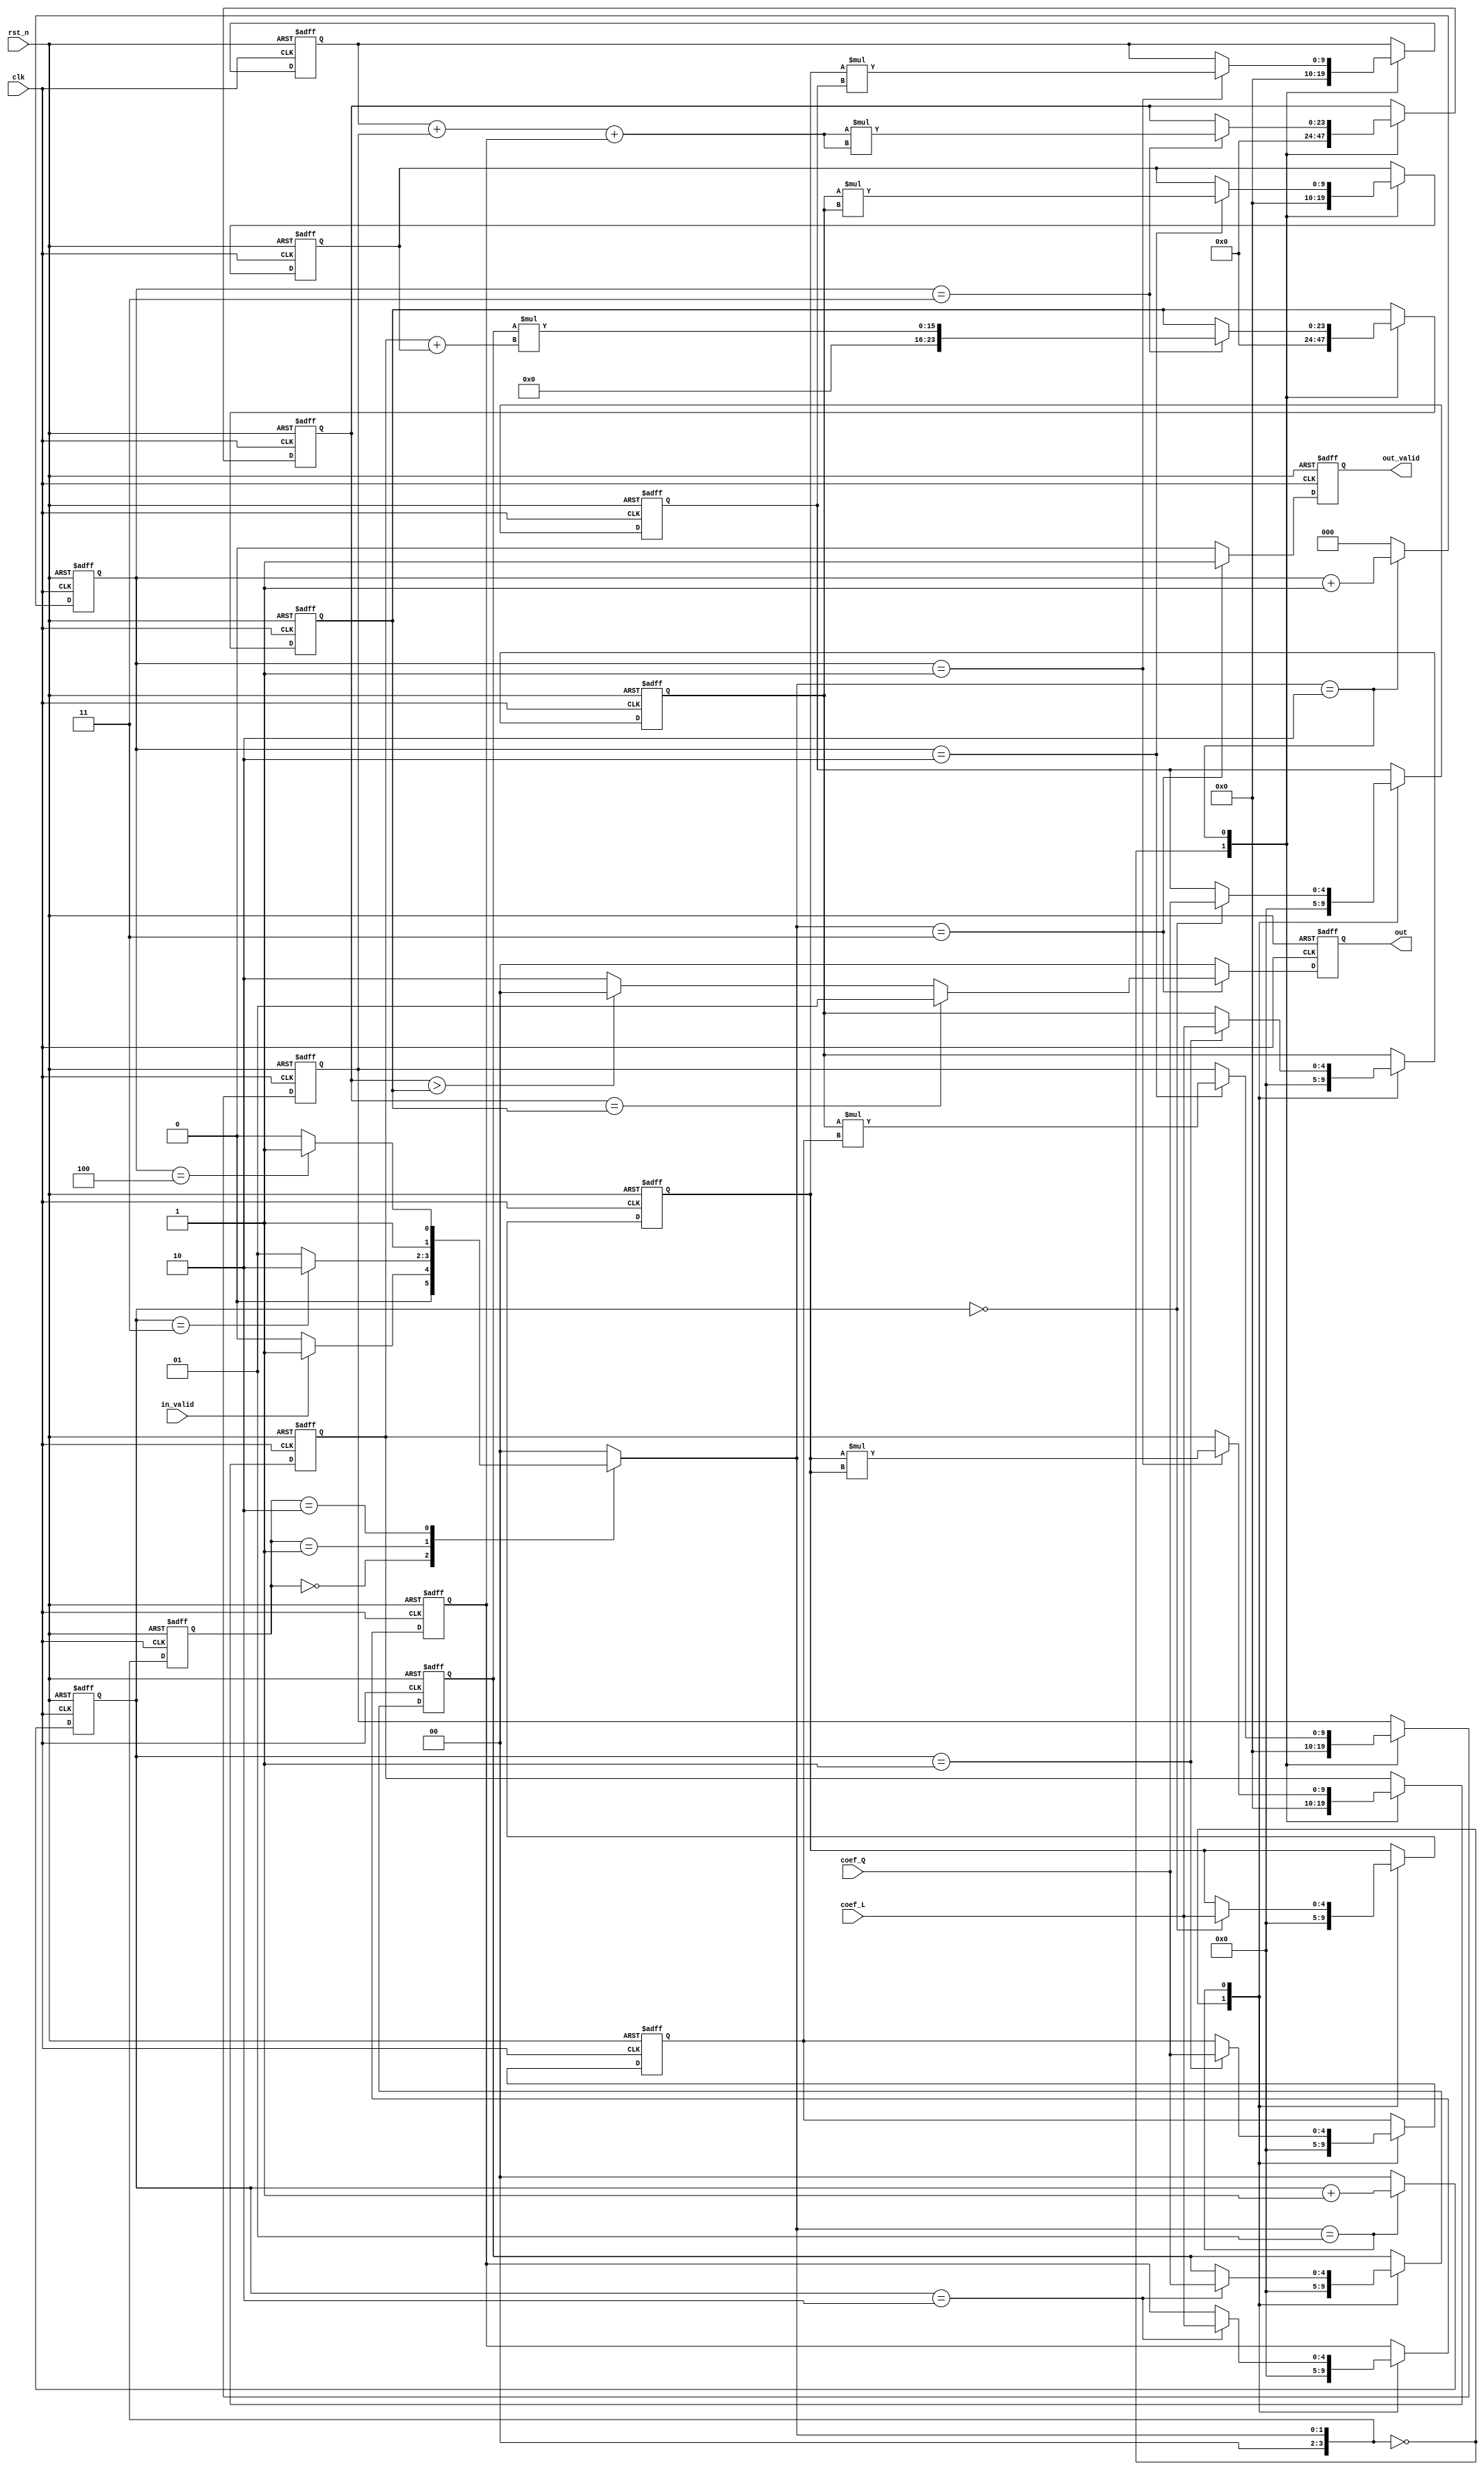
module RCL(
    clk,
    rst_n,
    in_valid,
    coef_Q,
    coef_L,
    out_valid,
    out
);
input clk, rst_n, in_valid;
input signed [4:0] coef_Q, coef_L;
output reg out_valid;
output reg [1:0] out;
/* FSM */
reg [3:0] c_state, n_state;
parameter ST_IDLE = 'd0, ST_IN = 'd1, ST_RUN = 'd2, ST_OUT = 'd3;
/* reg and wire */
reg signed [4:0] a, b, c, m, n;
reg [4:0] k;
reg [1:0] in_counter;
reg [2:0] run_counter;
reg signed [4:0] mult_in_A, mult_in_B;
wire signed [9:0] mult_out;
reg signed [9:0] am, bn;
reg [9:0] aa, bb;
reg signed [11:0] ambnc;
reg [23:0] ambnc_sqr;
reg [23:0] kaabb;
reg [1:0] ans;
wire [11:0] ambnc_abs;
reg [10:0] aabb;
 
/*am + bn + c*/
always @(posedge clk or negedge rst_n) begin
	if(!rst_n) ambnc_sqr <= 24'b0;
	else begin
		case(n_state)
		ST_IDLE: ambnc_sqr <= 10'b0;
		ST_RUN: begin
			if(run_counter == 3'd3) ambnc_sqr <= ambnc * ambnc;
			else ambnc_sqr <= ambnc_sqr;
		end
		default: ambnc_sqr <= ambnc_sqr;	
		endcase	
	end
end

always @(posedge clk or negedge rst_n) begin
	if(!rst_n) kaabb <= 24'b0;
	else begin
		case(n_state)
		ST_IDLE: kaabb <= 10'b0;
		ST_RUN: begin
			if(run_counter == 3'd3) kaabb <= k * (aa + bb);
			else kaabb <= kaabb;
		end
		default: kaabb <= kaabb;	
		endcase	
	end
end
always @(*) begin
	ambnc = am + bn + c;
end

always @(*) begin
	if(ambnc_sqr == kaabb) ans = 2'b01;
	else if(ambnc_sqr > kaabb) ans = 2'b00;
	else ans = 2'b10;
end
always @(posedge clk or negedge rst_n) begin
	if(!rst_n) aa <= 10'b0;
	else begin
		case(n_state)
		ST_IDLE: aa <= 10'b0;
		ST_RUN: begin
			if(run_counter == 3'd1) aa <= a * a;
			else aa <= aa;
		end
		default: aa <= aa;		
		endcase	
	end
end
always @(posedge clk or negedge rst_n) begin
	if(!rst_n) am <= 10'b0;
	else begin
		case(n_state)
		ST_IDLE: am <= 10'b0;
		ST_RUN: begin
			if(run_counter == 3'd1) am <= a * m;
			else am <= am;
		end
		default: am <= am;	
		endcase	
	end
end
always @(posedge clk or negedge rst_n) begin
	if(!rst_n) bb <= 10'b0;
	else begin
		case(n_state)
		ST_IDLE: bb <= 10'b0;
		ST_RUN: begin
			if(run_counter == 3'd2) bb <= b * b;
			else bb <= bb;
		end
		default: bb <= bb;	
		endcase	
	end
end
always @(posedge clk or negedge rst_n) begin
	if(!rst_n) bn <= 10'b0;
	else begin
		case(n_state)
		ST_IDLE: bn <= 10'b0;
		ST_RUN: begin
			if(run_counter == 3'd2) bn <= b * n;
			else bn <= bn;
		end
		default: bn <= bn;	
		endcase	
	end
end


always @(posedge clk or negedge rst_n) begin
	if(!rst_n) c_state <= ST_IDLE;
	else c_state <= n_state;
end
always @(*) begin
	case(c_state)
	ST_IDLE: begin
		if(in_valid) n_state = ST_IN;
		else n_state = ST_IDLE;
	end
	ST_IN: begin
		if(in_counter == 2'b11) n_state = ST_RUN;
		else n_state = ST_IN;
	end
	ST_RUN: begin
		if(run_counter == 3'd4) n_state = ST_OUT;
		else n_state = ST_RUN;
	end
	ST_OUT: begin
		n_state = ST_IDLE;
	end
	default: begin
		n_state = ST_IDLE;
	end	
	endcase
end
/* IN Counter */
always @(posedge clk or negedge rst_n) begin
	if(!rst_n) in_counter <= 2'b0;
	else begin
		case(n_state)
		ST_IN: in_counter <= in_counter + 1'b1;
		default: in_counter <= 1'b0;		
		endcase	
	end
end
/* Run Counter */
always @(posedge clk or negedge rst_n) begin
	if(!rst_n) run_counter <= 3'b0;
	else begin
		case(n_state)
		ST_RUN: run_counter <= run_counter + 1'b1;
		default: run_counter <= 3'b0;		
		endcase	
	end
end
/* L */
always @(posedge clk or negedge rst_n) begin
	if(!rst_n) a <= 5'b0;
	else begin
		case(n_state)
		ST_IDLE: a <= 5'b0;
		ST_IN: begin
			if(in_counter == 2'b00) a <= coef_L;
			else a <= a;
		end
		default: a <= a;		
		endcase	
	end
end
always @(posedge clk or negedge rst_n) begin
	if(!rst_n) b <= 5'b0;
	else begin
		case(n_state)
		ST_IDLE: b <= 5'b0;
		ST_IN: begin
			if(in_counter == 2'b01) b <= coef_L;
			else b <= b;
		end
		default: b <= b;		
		endcase	
	end
end
always @(posedge clk or negedge rst_n) begin
	if(!rst_n) c <= 5'b0;
	else begin
		case(n_state)
		ST_IDLE: c <= 5'b0;
		ST_IN: begin
			if(in_counter == 2'b10) c <= coef_L;
			else c <= c;
		end
		default: c <= c;		
		endcase	
	end
end
/* Q */
always @(posedge clk or negedge rst_n) begin
	if(!rst_n) m <= 5'b0;
	else begin
		case(n_state)
		ST_IDLE: m <= 5'b0;
		ST_IN: begin
			if(in_counter == 2'b00) m <= coef_Q;
			else m <= m;
		end
		default: m <= m;
		endcase	
	end
end
always @(posedge clk or negedge rst_n) begin
	if(!rst_n) n <= 5'b0;
	else begin
		case(n_state)
		ST_IDLE: n <= 5'b0;
		ST_IN: begin
			if(in_counter == 2'b01) n <= coef_Q;
			else n <= n;
		end
		default: n <= n;		
		endcase	
	end
end
always @(posedge clk or negedge rst_n) begin
	if(!rst_n) k <= 5'b0;
	else begin
		case(n_state)
		ST_IDLE: k <= 5'b0;
		ST_IN: begin
			if(in_counter == 2'b10) k <= coef_Q;
			else k <= k;
		end
		default: k <= k;
		endcase	
	end
end


/* out reg */
always @(posedge clk or negedge rst_n) begin
	if(!rst_n) out_valid <= 1'b0;
	else begin
		case(n_state)
		ST_OUT: begin
			out_valid <= 1'b1;	
		end
		default: begin
			out_valid <= 1'b0;
		end	
		endcase
	end
end
always @(posedge clk or negedge rst_n) begin
	if(!rst_n) out <= 2'b0;
	else begin
		case(n_state)
		ST_OUT: begin
			out <= ans; // output!!	
		end
		default: begin
			out <= 1'b0;
		end	
		endcase
	end
end

endmodule